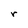
Character: r